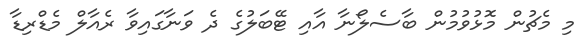
މި މެޗުން މޮޅުވުމުން ބާސެލޯނާ އާއި ޓޭބަލުގެ ދެ ވަނާގައިވާ ރެއާލް މެޑްރިޑާ